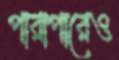
পারাপারেও